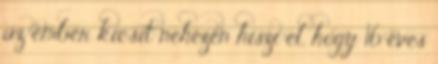
az ember kicsit nehezen hiszi el, hogy 16 éves